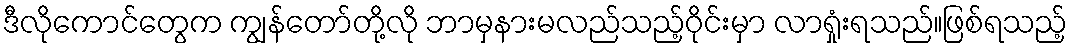
ဒီလိုကောင်တွေက ကျွန်တော်တို့လို ဘာမှနားမလည်သည့်ဝိုင်းမှာ လာရှုံးရသည်။ဖြစ်ရသည့်